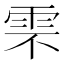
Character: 𩂆